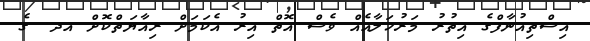
އިސްތިއުނާފްގެ އިތުރު މަރުހަލާއެއް ވެސް އޮތް އިރު އެކަމަށް ރިއާޔަތްކޮށް އދ. ގެ